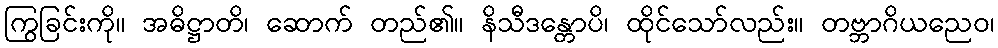
ကြွခြင်းကို။ အဓိဋ္ဌာတိ၊ ဆောက် တည်၏။ နိသီဒန္တောပိ၊ ထိုင်သော်လည်း။ တဗ္ဘာဂိယညေဝ၊